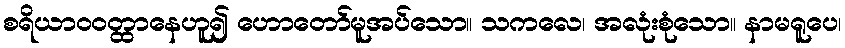
စရိယာဝဝတ္ထာနေဟူ၍ ဟောတော်မူအပ်သော။ သကလေ၊ အလုံးစုံသော။ နာမရူပေ၊